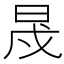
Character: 𣆭